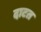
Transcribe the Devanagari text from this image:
दाटत